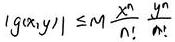
$| g(x,y)| \leq M \frac{x^n}{n!} \frac{y^n}{n!}$